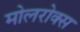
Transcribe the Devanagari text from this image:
मोलरोक्स